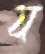
য